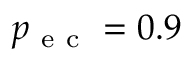
p _ { \mathrm { ~ e ~ c ~ } } = 0 . 9